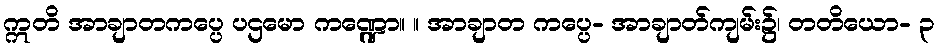
ဣတိ အာချာတကပ္ပေ ပဌမော ကဏ္ဍော။ ။ အာချာတ ကပ္ပေ- အာချာတ်ကျမ်း၌၊ တတိယော- ၃